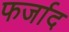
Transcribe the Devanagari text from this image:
फर्जाद